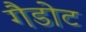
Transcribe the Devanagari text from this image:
गैडोट